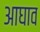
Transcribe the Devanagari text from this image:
आघाव